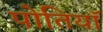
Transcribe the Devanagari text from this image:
पोतियाॅ